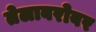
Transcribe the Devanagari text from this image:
तेलाबरोबर